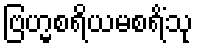
ဗြဟ္မစရိယမစရိံသု